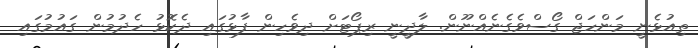
ތިއުޅެނީ މަންހަޖް ގޯސްވެގެނެއްނޫން. ލާދީނީ ރިޕޯޓަށް ދިވެހިން ފާޅުގައި ދެކޮޅު ހެދުމުން ގައުމުގައި